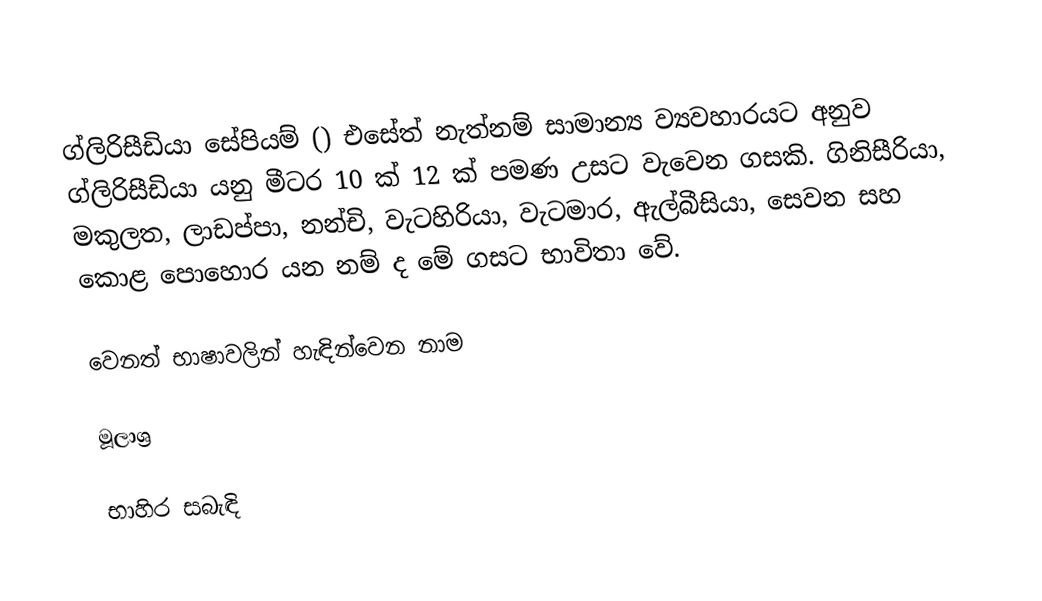
ග්ලිරිසීඩියා සේපියම් () එසේත් නැත්නම් සාමාන්‍ය ව්‍යවහාරයට අනුව ග්ලිරිසීඩියා යනු මීටර 10 ක් 12 ක් පමණ උසට වැවෙන ගසකි. ගිනිසීරියා, මකුලත, ලාඩප්පා, නන්චි, වැටහිරියා, වැටමාර, ඇල්බීසියා, සෙවන සහ කොළ පොහොර යන නම් ද මේ ගසට භාවිතා වේ.

වෙනත් භාෂාවලින් හැඳින්වෙන නාම

මූලාශ්‍ර

භාහිර සබැඳි